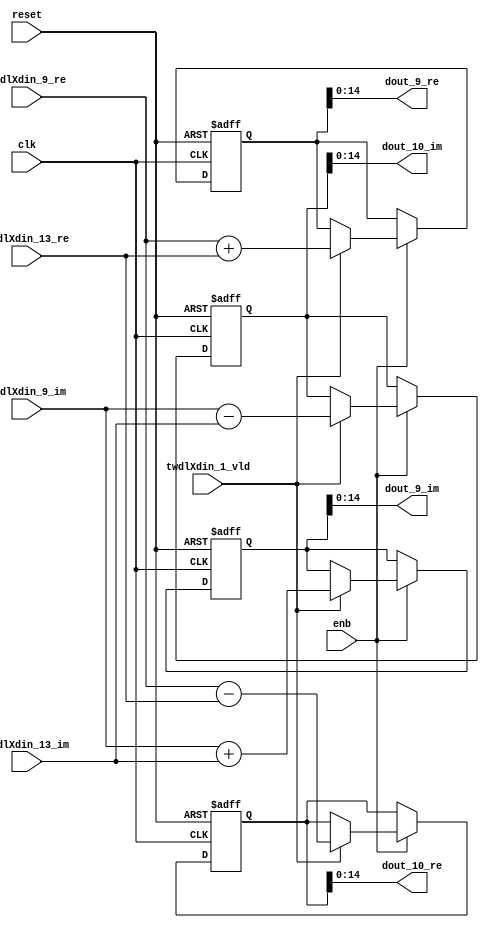
// -------------------------------------------------------------
// 
// 
// Generated by MATLAB 9.14 and HDL Coder 4.1
// 
// -------------------------------------------------------------


// -------------------------------------------------------------
// 
// Module: RADIX22FFT_SDNF1_3_block3
// Source Path: RSP/RSP/Velocity Processor/Doppler Processing/Doppler Processor/FFT/RADIX22FFT_SDNF1_3
// Hierarchy Level: 5
// 
// -------------------------------------------------------------

`timescale 1 ns / 1 ns

module RADIX22FFT_SDNF1_3_block3
          (clk,
           reset,
           enb,
           twdlXdin_9_re,
           twdlXdin_9_im,
           twdlXdin_13_re,
           twdlXdin_13_im,
           twdlXdin_1_vld,
           dout_9_re,
           dout_9_im,
           dout_10_re,
           dout_10_im);


  input   clk;
  input   reset;
  input   enb;
  input   signed [14:0] twdlXdin_9_re;  // sfix15_En10
  input   signed [14:0] twdlXdin_9_im;  // sfix15_En10
  input   signed [14:0] twdlXdin_13_re;  // sfix15_En10
  input   signed [14:0] twdlXdin_13_im;  // sfix15_En10
  input   twdlXdin_1_vld;
  output  signed [14:0] dout_9_re;  // sfix15_En10
  output  signed [14:0] dout_9_im;  // sfix15_En10
  output  signed [14:0] dout_10_re;  // sfix15_En10
  output  signed [14:0] dout_10_im;  // sfix15_En10


  reg signed [15:0] Radix22ButterflyG1_NF_btf1_re_reg;  // sfix16
  reg signed [15:0] Radix22ButterflyG1_NF_btf1_im_reg;  // sfix16
  reg signed [15:0] Radix22ButterflyG1_NF_btf2_re_reg;  // sfix16
  reg signed [15:0] Radix22ButterflyG1_NF_btf2_im_reg;  // sfix16
  reg  Radix22ButterflyG1_NF_dinXtwdl_vld_dly1;
  reg signed [15:0] Radix22ButterflyG1_NF_btf1_re_reg_next;  // sfix16_En10
  reg signed [15:0] Radix22ButterflyG1_NF_btf1_im_reg_next;  // sfix16_En10
  reg signed [15:0] Radix22ButterflyG1_NF_btf2_re_reg_next;  // sfix16_En10
  reg signed [15:0] Radix22ButterflyG1_NF_btf2_im_reg_next;  // sfix16_En10
  reg  Radix22ButterflyG1_NF_dinXtwdl_vld_dly1_next;
  reg signed [14:0] dout_9_re_1;  // sfix15_En10
  reg signed [14:0] dout_9_im_1;  // sfix15_En10
  reg signed [14:0] dout_10_re_1;  // sfix15_En10
  reg signed [14:0] dout_10_im_1;  // sfix15_En10
  reg  dout_9_vld;
  reg signed [15:0] Radix22ButterflyG1_NF_add_cast;  // sfix16_En10
  reg signed [15:0] Radix22ButterflyG1_NF_add_cast_0;  // sfix16_En10
  reg signed [15:0] Radix22ButterflyG1_NF_sub_cast;  // sfix16_En10
  reg signed [15:0] Radix22ButterflyG1_NF_sub_cast_0;  // sfix16_En10
  reg signed [15:0] Radix22ButterflyG1_NF_add_cast_1;  // sfix16_En10
  reg signed [15:0] Radix22ButterflyG1_NF_add_cast_2;  // sfix16_En10
  reg signed [15:0] Radix22ButterflyG1_NF_sub_cast_1;  // sfix16_En10
  reg signed [15:0] Radix22ButterflyG1_NF_sub_cast_2;  // sfix16_En10


  // Radix22ButterflyG1_NF
  always @(posedge clk or posedge reset)
    begin : Radix22ButterflyG1_NF_process
      if (reset == 1'b1) begin
        Radix22ButterflyG1_NF_btf1_re_reg <= 16'sb0000000000000000;
        Radix22ButterflyG1_NF_btf1_im_reg <= 16'sb0000000000000000;
        Radix22ButterflyG1_NF_btf2_re_reg <= 16'sb0000000000000000;
        Radix22ButterflyG1_NF_btf2_im_reg <= 16'sb0000000000000000;
        Radix22ButterflyG1_NF_dinXtwdl_vld_dly1 <= 1'b0;
      end
      else begin
        if (enb) begin
          Radix22ButterflyG1_NF_btf1_re_reg <= Radix22ButterflyG1_NF_btf1_re_reg_next;
          Radix22ButterflyG1_NF_btf1_im_reg <= Radix22ButterflyG1_NF_btf1_im_reg_next;
          Radix22ButterflyG1_NF_btf2_re_reg <= Radix22ButterflyG1_NF_btf2_re_reg_next;
          Radix22ButterflyG1_NF_btf2_im_reg <= Radix22ButterflyG1_NF_btf2_im_reg_next;
          Radix22ButterflyG1_NF_dinXtwdl_vld_dly1 <= Radix22ButterflyG1_NF_dinXtwdl_vld_dly1_next;
        end
      end
    end

  always @(Radix22ButterflyG1_NF_btf1_im_reg, Radix22ButterflyG1_NF_btf1_re_reg,
       Radix22ButterflyG1_NF_btf2_im_reg, Radix22ButterflyG1_NF_btf2_re_reg,
       Radix22ButterflyG1_NF_dinXtwdl_vld_dly1, twdlXdin_13_im, twdlXdin_13_re,
       twdlXdin_1_vld, twdlXdin_9_im, twdlXdin_9_re) begin
    Radix22ButterflyG1_NF_add_cast = 16'sb0000000000000000;
    Radix22ButterflyG1_NF_add_cast_0 = 16'sb0000000000000000;
    Radix22ButterflyG1_NF_sub_cast = 16'sb0000000000000000;
    Radix22ButterflyG1_NF_sub_cast_0 = 16'sb0000000000000000;
    Radix22ButterflyG1_NF_add_cast_1 = 16'sb0000000000000000;
    Radix22ButterflyG1_NF_add_cast_2 = 16'sb0000000000000000;
    Radix22ButterflyG1_NF_sub_cast_1 = 16'sb0000000000000000;
    Radix22ButterflyG1_NF_sub_cast_2 = 16'sb0000000000000000;
    Radix22ButterflyG1_NF_btf1_re_reg_next = Radix22ButterflyG1_NF_btf1_re_reg;
    Radix22ButterflyG1_NF_btf1_im_reg_next = Radix22ButterflyG1_NF_btf1_im_reg;
    Radix22ButterflyG1_NF_btf2_re_reg_next = Radix22ButterflyG1_NF_btf2_re_reg;
    Radix22ButterflyG1_NF_btf2_im_reg_next = Radix22ButterflyG1_NF_btf2_im_reg;
    Radix22ButterflyG1_NF_dinXtwdl_vld_dly1_next = twdlXdin_1_vld;
    if (twdlXdin_1_vld) begin
      Radix22ButterflyG1_NF_add_cast = {twdlXdin_9_re[14], twdlXdin_9_re};
      Radix22ButterflyG1_NF_add_cast_0 = {twdlXdin_13_re[14], twdlXdin_13_re};
      Radix22ButterflyG1_NF_btf1_re_reg_next = Radix22ButterflyG1_NF_add_cast + Radix22ButterflyG1_NF_add_cast_0;
      Radix22ButterflyG1_NF_sub_cast = {twdlXdin_9_re[14], twdlXdin_9_re};
      Radix22ButterflyG1_NF_sub_cast_0 = {twdlXdin_13_re[14], twdlXdin_13_re};
      Radix22ButterflyG1_NF_btf2_re_reg_next = Radix22ButterflyG1_NF_sub_cast - Radix22ButterflyG1_NF_sub_cast_0;
      Radix22ButterflyG1_NF_add_cast_1 = {twdlXdin_9_im[14], twdlXdin_9_im};
      Radix22ButterflyG1_NF_add_cast_2 = {twdlXdin_13_im[14], twdlXdin_13_im};
      Radix22ButterflyG1_NF_btf1_im_reg_next = Radix22ButterflyG1_NF_add_cast_1 + Radix22ButterflyG1_NF_add_cast_2;
      Radix22ButterflyG1_NF_sub_cast_1 = {twdlXdin_9_im[14], twdlXdin_9_im};
      Radix22ButterflyG1_NF_sub_cast_2 = {twdlXdin_13_im[14], twdlXdin_13_im};
      Radix22ButterflyG1_NF_btf2_im_reg_next = Radix22ButterflyG1_NF_sub_cast_1 - Radix22ButterflyG1_NF_sub_cast_2;
    end
    dout_9_re_1 = Radix22ButterflyG1_NF_btf1_re_reg[14:0];
    dout_9_im_1 = Radix22ButterflyG1_NF_btf1_im_reg[14:0];
    dout_10_re_1 = Radix22ButterflyG1_NF_btf2_re_reg[14:0];
    dout_10_im_1 = Radix22ButterflyG1_NF_btf2_im_reg[14:0];
    dout_9_vld = Radix22ButterflyG1_NF_dinXtwdl_vld_dly1;
  end



  assign dout_9_re = dout_9_re_1;

  assign dout_9_im = dout_9_im_1;

  assign dout_10_re = dout_10_re_1;

  assign dout_10_im = dout_10_im_1;

endmodule  // RADIX22FFT_SDNF1_3_block3